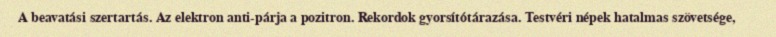
A beavatási szertartás. Az elektron anti-párja a pozitron. Rekordok gyorsítótárazása. Testvéri népek hatalmas szövetsége,